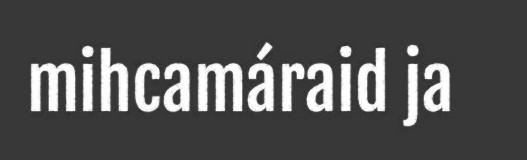
mihcamáraid ja